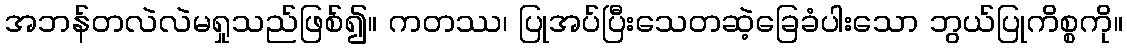
အဘန်တလဲလဲမရှုသည်ဖြစ်၍။ ကတဿ၊ ပြုအပ်ပြီးသေတဆဲ့ခြေခံပါးသော ဘွယ်ပြုကိစ္စကို။